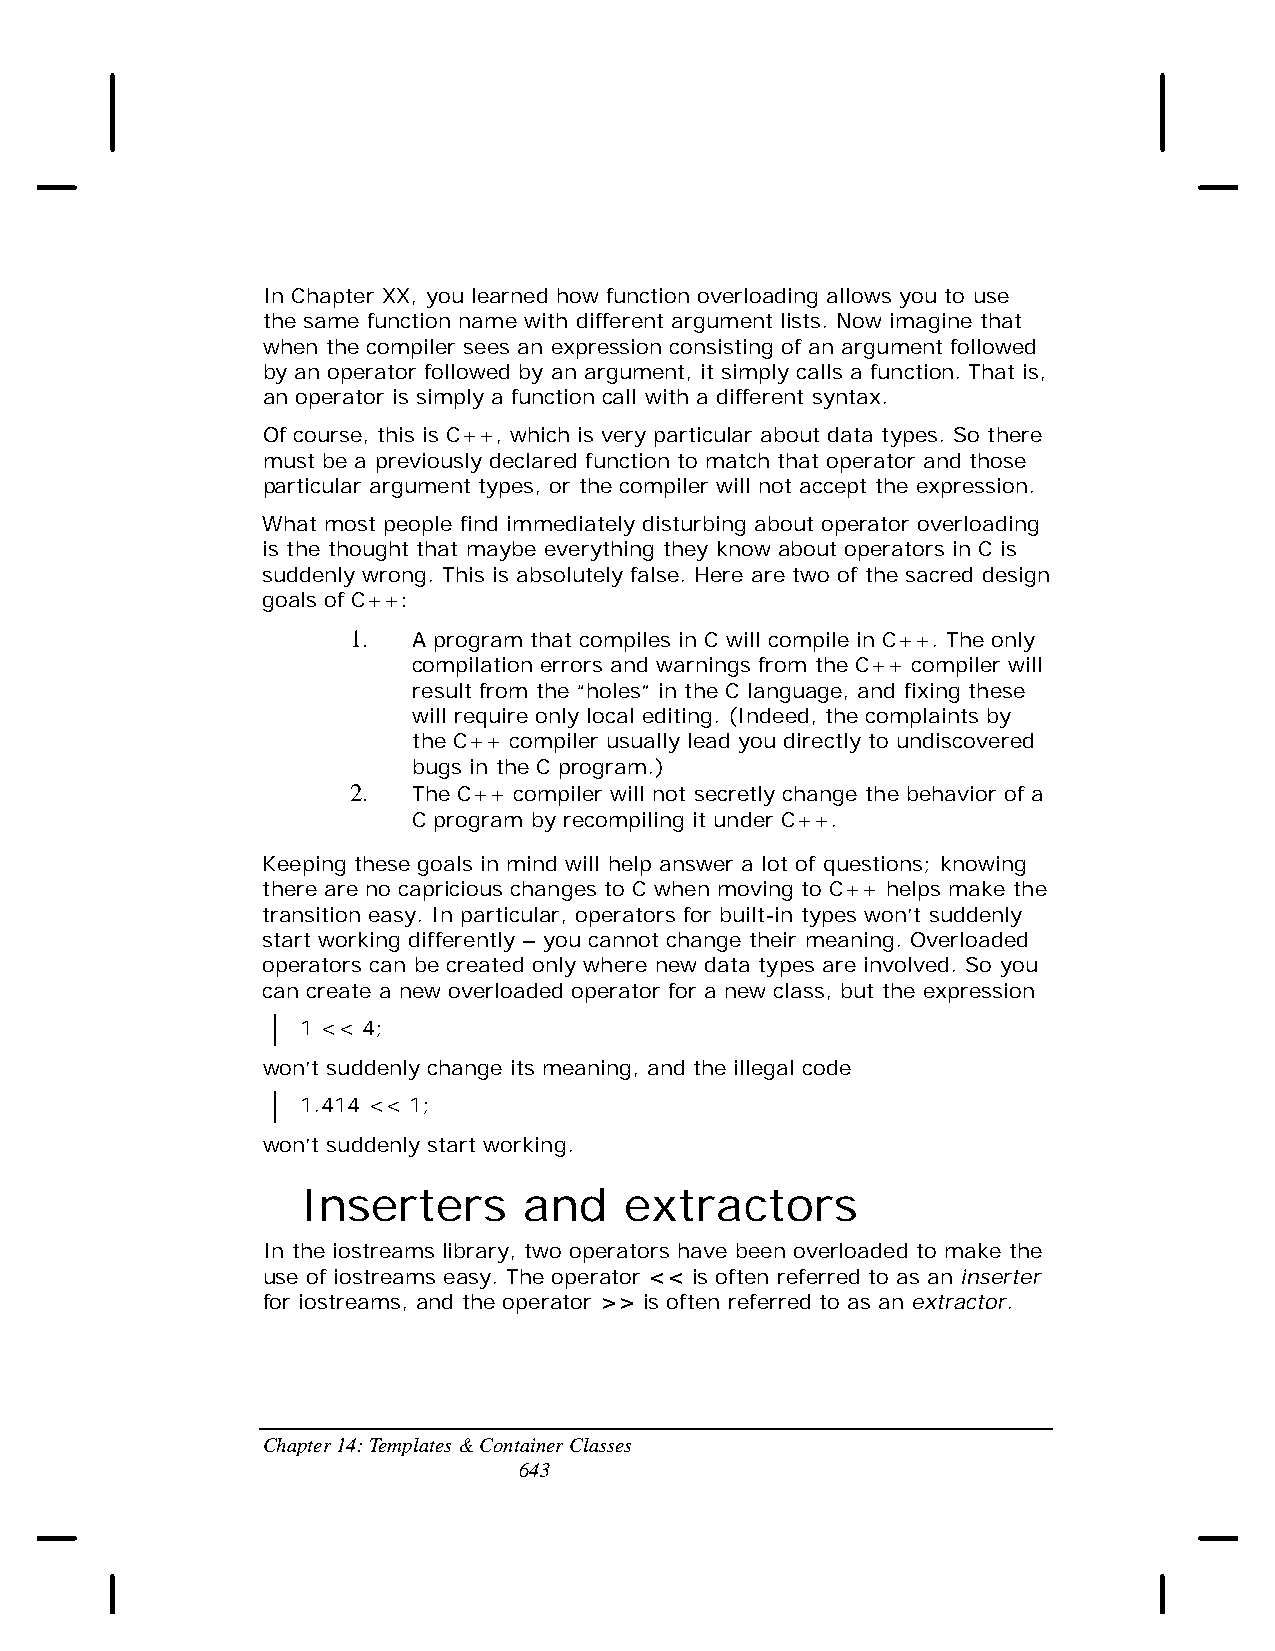
In Chapter XX, you learned how function overloading allows you to use
 the same function name with different argument lists. Now imagine that
 when the compiler sees an expression consisting of an argument followed
 by an operator followed by an argument, it simply calls a function. That is,
 an operator is simply a function call with a different syntax.
 Of course, this is C++, which is very particular about data types. So there
 must be a previously declared function to match that operator and those
 particular argument types, or the compiler will not accept the expression.
 What most people find immediately disturbing about operator overloading
 is the thought that maybe everything they know about operators in C is
 suddenly wrong. This is absolutely false. Here are two of the sacred design
 goals of C++:
 1.  A program that compiles in C will compile in C++. The only
 compilation errors and warnings from the C++ compiler will
 result from the “holes” in the C language, and fixing these
 will require only local editing. (Indeed, the complaints by
 the C++ compiler usually lead you directly to undiscovered
 bugs in the C program.)
 2.  The C++ compiler will not secretly change the behavior of a
 C program by recompiling it under C++.
 Keeping these goals in mind will help answer a lot of questions; knowing
 there are no capricious changes to C when moving to C++ helps make the
 transition easy. In particular, operators for built-in types won’t suddenly
 start working differently – you cannot change their meaning. Overloaded
 operators can be created only where new data types are involved. So you
 can create a new overloaded operator for a new class, but the expression
 1 << 4;
 won’t suddenly change its meaning, and the illegal code
 1.414 << 1;
 won’t suddenly start working.
 Inserters      and   extractors
 In the iostreams library, two operators have been overloaded to make the
 use of iostreams easy. The operator << is often referred to as an inserter
 for iostreams, and the operator >> is often referred to as an extractor.
 Chapter 14: Templates & Container Classes
 643